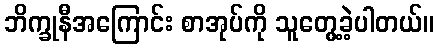
ဘိက္ခုနီအကြောင်း စာအုပ်ကို သူတွေ့ခဲ့ပါတယ်။